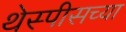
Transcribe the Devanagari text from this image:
थेस्पीसच्या